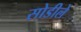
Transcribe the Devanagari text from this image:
सोडीले